Report on the nature of kala-azar
Disease focus: Kala-Azar
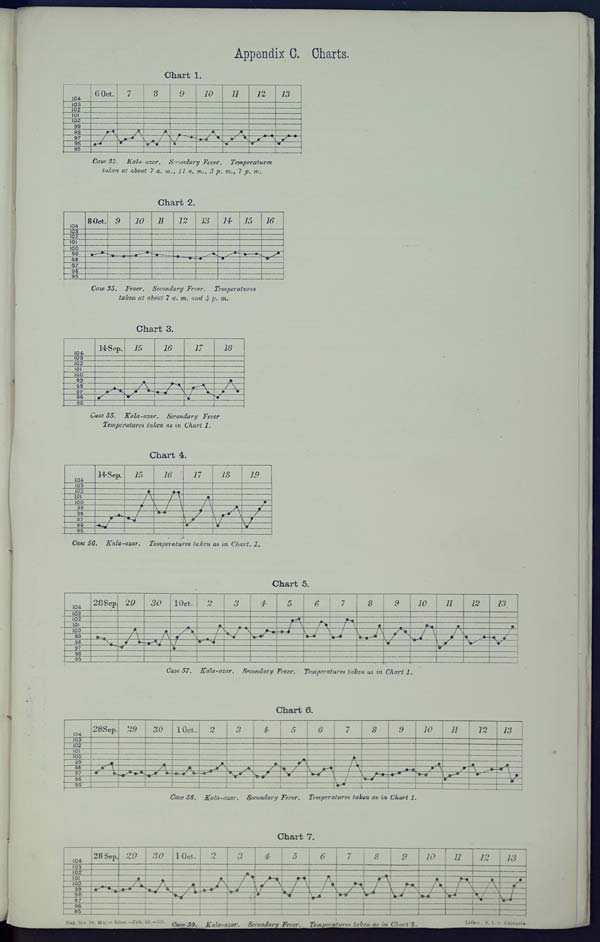
Appendix C. Charts.
Chart 1.
Case 34. Kala-azar, Secondary Fever, Temperatures
taken at about 7 a. m., 11 a. m., 3 p. m., 7 p. m.
Chart 2.
Case 35. Fever. Secondary Fever. Temperatures
taken at about 7 a. m. and 4 p. m.
Chart 3.
Case 55. Kala-azar. Secondary Fever
Temperatures taken as in Chart 1.
Chart 4.
Case 56. Kala-azar. Temperatures taken as in Chart. 1.
Chart 5.
Case 57. Kala-azar. Secondary Fever. Temperatures taken as in Chart 1.
Chart 6.
Case 58. Kala-azar. Secondary Fever. Temperatures taken as Chart 1.
Chart 7.
Reg. No. 38, Major Ross. – Feb. 99.–250. Case 59. Kala-azar. Secondary Fever. Temperatures taken as Chart 1. Litho., S. I. O., Calcutta.